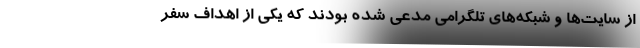
از سایت‌ها و شبکه‌های تلگرامی مدعی شده بودند که یکی از اهداف سفر